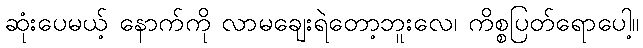
ဆုံးပေမယ့် နောက်ကို လာမချေးရဲတော့ဘူးလေ၊ ကိစ္စပြတ်ရောပေါ့။